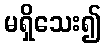
မရှိသေး၍